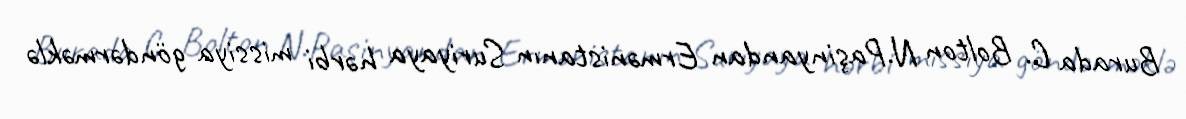
Burada C. Bolton N.Paşinyandan Ermənistanın Suriyaya hərbi missiya göndərməklə